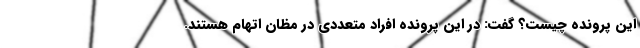
این پرونده چیست؟ گفت: در این پرونده افراد متعددی در مظان اتهام هستند.